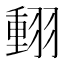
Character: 𦑝